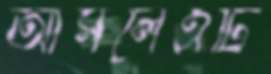
আসলেএটি